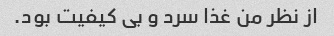
از نظر من غذا سرد و بی کیفیت بود.